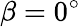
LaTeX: \beta=0^{\circ}